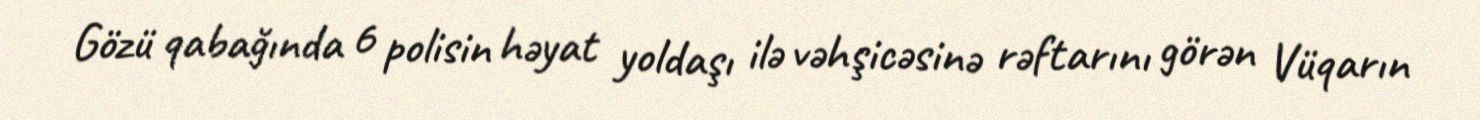
Gözü qabağında 6 polisin həyat yoldaşı ilə vəhşicəsinə rəftarını görən Vüqarın